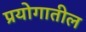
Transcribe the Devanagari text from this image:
प्रयोगातील